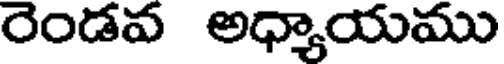
రెండవ అధ్యాయము